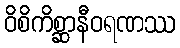
ဝိစိကိစ္ဆာနီဝရဏဿ